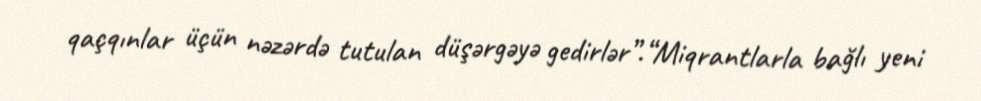
qaçqınlar üçün nəzərdə tutulan düşərgəyə gedirlər”.“Miqrantlarla bağlı yeni